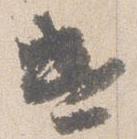
遣